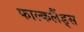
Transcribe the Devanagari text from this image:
फाल्कलैंड्स